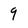
Character: 9